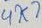
Text: 4K7